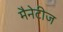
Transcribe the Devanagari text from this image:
मैनेटीज